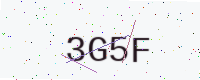
Text: 3G5F